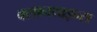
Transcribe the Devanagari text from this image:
क्सानथाइन्स